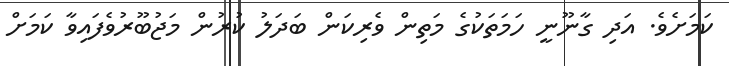
ކަމަށެވެ. އަދި ގާނޫނީ ހަމަތަކުގެ މަތިން ވެރިކަން ބަދަލު ކުރުން މަޖުބޫރުވެފައިވާ ކަމަށް